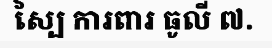
ស្បៃ ការពារ ធូលី ៧.